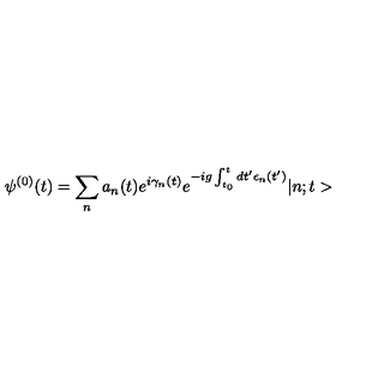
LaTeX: \psi ^ { ( 0 ) } ( t ) = \sum _ { n } a _ { n } ( t ) e ^ { i \gamma _ { n } ( t ) } e ^ { - i g \int _ { t _ { 0 } } ^ { t } d t ^ { \prime } \epsilon _ { n } ( t ^ { \prime } ) } | n ; t >